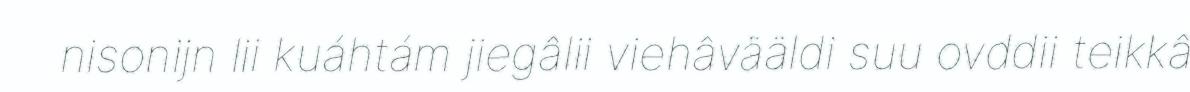
nisonijn lii kuáhtám jiegâlii viehâvääldi suu ovddii teikkâ